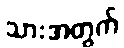
သားအတွက်